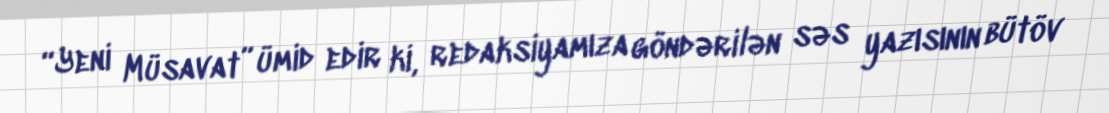
“Yeni Müsavat” ümid edir ki, redaksiyamıza göndərilən səs yazısının bütöv